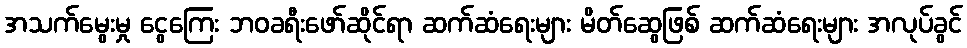
အသက်မွေးမှု ငွေကြေး ဘဝခရီးဖော်ဆိုင်ရာ ဆက်ဆံရေးများ မိတ်ဆွေဖြစ် ဆက်ဆံရေးများ အလုပ်ခွင်